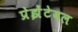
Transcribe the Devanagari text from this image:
प्रेझेंटेबल